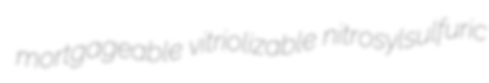
mortgageable vitriolizable nitrosylsulfuric